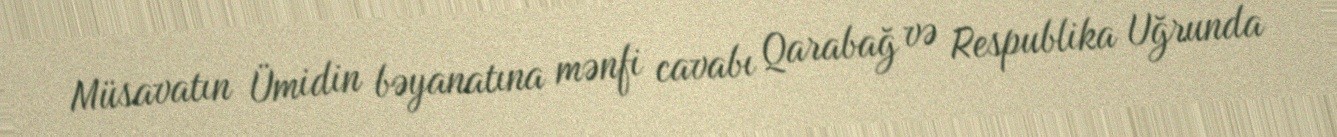
Müsavatın Ümidin bəyanatına mənfi cavabı Qarabağ və Respublika Uğrunda